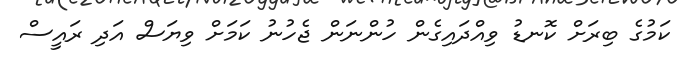
ކަމުގެ ބިރަށް ކޮނޑު ވިއްދައިގެން ހުންނަން ޖެހުނު ކަމަށް ވިޔަސް އަދި ރައީސް